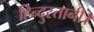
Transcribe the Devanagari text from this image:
हिन्दुस्तानी।